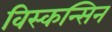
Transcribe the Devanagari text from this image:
विस्कन्सिन